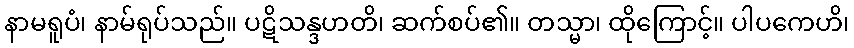
နာမရူပံ၊ နာမ်ရုပ်သည်။ ပဋိသန္ဒဟတိ၊ ဆက်စပ်၏။ တသ္မာ၊ ထိုကြောင့်။ ပါပကေဟိ၊